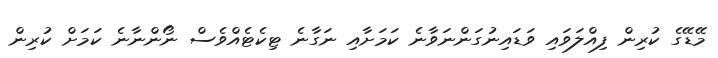
މޭޑޭގެ ކުރިން ފިއްލަވައި ވަޑައިނުގަންނަވާނެ ކަމަށާއި ނަގާނެ ޓިކެޓެއްވެސް ނޯންނާނެ ކަމަށް ކުރިން